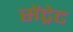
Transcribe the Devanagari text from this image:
सेंट्रेट